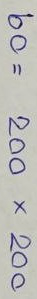
60 = 200 x 200